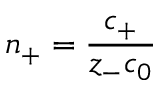
n _ { + } = \frac { c _ { + } } { z _ { - } c _ { 0 } }